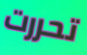
تحررت